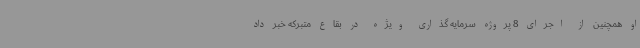
او همچنین از اجرای 8 پروژه سرمایه گذاری ویژه در بقاع متبرکه خبر داد